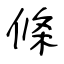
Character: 條